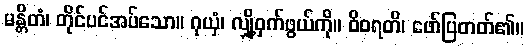
မန္တိတံ၊ တိုင်ပင်အပ်သော။ ဂုယှံ၊ လျှို့ဝှက်ဖွယ်ကို။ ဝိဝရတိ၊ ဖော်ပြတတ်၏။